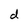
Character: d